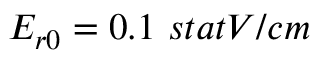
E _ { r 0 } = 0 . 1 ~ { s t a t V / c m }